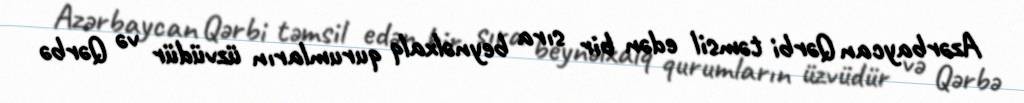
Azərbaycan Qərbi təmsil edən bir sıra beynəlxalq qurumların üzvüdür və Qərbə